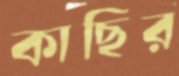
কাছির